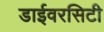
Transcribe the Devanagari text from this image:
डाईवरसिटी